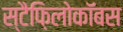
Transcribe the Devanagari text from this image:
स्टैफ़िलोकॉबस